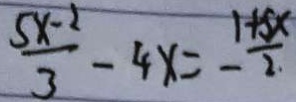
\frac { 5 x - 2 } { 3 } - 4 x = - \frac { 1 + 5 x } { 2 }